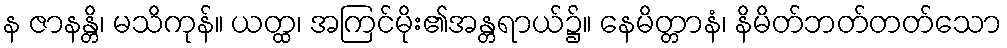
န ဇာနန္တိ၊ မသိကုန်။ ယတ္ထ၊ အကြင်မိုး၏အန္တရာယ်၌။ နေမိတ္တာနံ၊ နိမိတ်ဘတ်တတ်သော